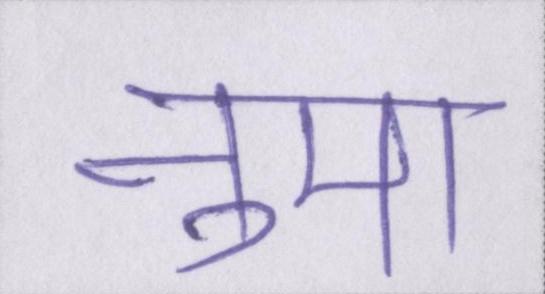
नुमा